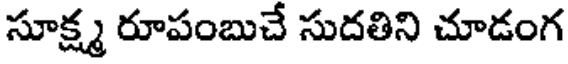
సూక్ష్మ రూపంబుచే సుదతిని చూడంగ